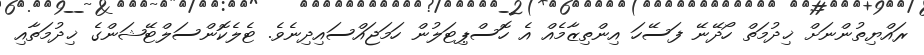
ރައްޔިތުންނަށް ޚިދުމަތް ހޯދޭނޭ ފަސޭހަ އިންތިޒާމެއް އެ ހޮސްޕިޓަލުން ހަމަޖައްސައިދިނެވެ. ޓެލެކޮންސަލްޓޭޝަންގެ ޚިދުމަތާއި